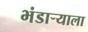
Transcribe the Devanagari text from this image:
भंडार्‍याला